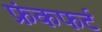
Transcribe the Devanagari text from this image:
फ्रंकफर्ट